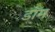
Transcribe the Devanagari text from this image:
डाॅम